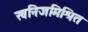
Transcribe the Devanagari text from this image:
खनिजमिश्रित